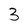
Character: 3